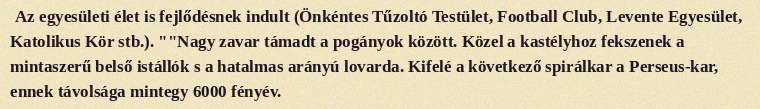
Az egyesületi élet is fejlődésnek indult (Önkéntes Tűzoltó Testület, Football Club, Levente Egyesület, Katolikus Kör stb.). ""Nagy zavar támadt a pogányok között. Közel a kastélyhoz fekszenek a mintaszerű belső istállók s a hatalmas arányú lovarda. Kifelé a következő spirálkar a Perseus-kar, ennek távolsága mintegy 6000 fényév.